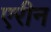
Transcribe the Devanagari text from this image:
एरीन